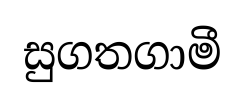
සුගතගාමී